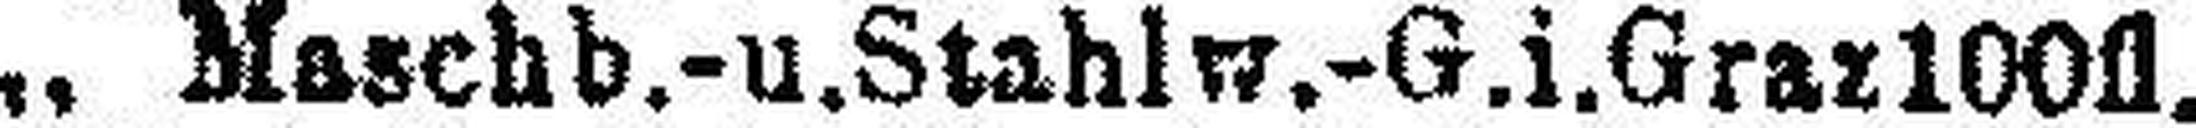
„ Maschb.- u. Stahlw.-G.i.Graz100fl.